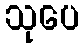
သုပေ